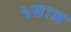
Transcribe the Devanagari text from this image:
५साल